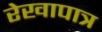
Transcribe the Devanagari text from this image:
रेखापात्र